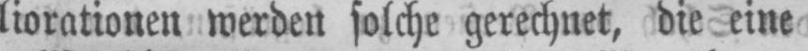
liorationen werden solche gerechnet, die eine